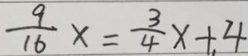
\frac { 9 } { 1 6 } x = \frac { 3 } { 4 } x + 4